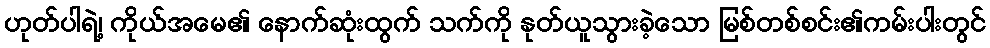
ဟုတ်ပါရဲ့၊ ကိုယ်အမေ၏ နောက်ဆုံးထွက် သက်ကို နုတ်ယူသွားခဲ့သော မြစ်တစ်စင်း၏ကမ်းပါးတွင်